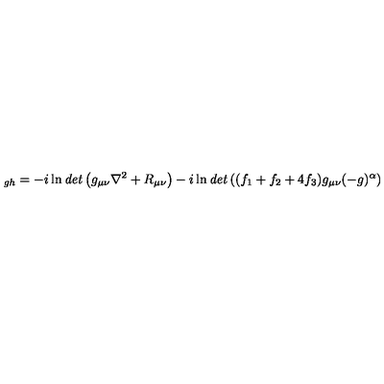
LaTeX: _ { g h } = - i \ln { \it d e t } \left( g _ { \mu \nu } \nabla ^ { 2 } + R _ { \mu \nu } \right) - i \ln { \it d e t } \left( ( f _ { 1 } + f _ { 2 } + 4 f _ { 3 } ) g _ { \mu \nu } ( - g ) ^ { \alpha } \right)